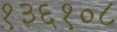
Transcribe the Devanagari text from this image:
१३६१०८